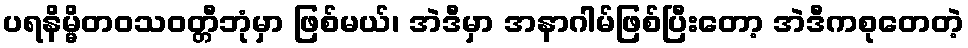
ပရနိမ္မိတဝသဝတ္တီဘုံမှာ ဖြစ်မယ်၊ အဲဒီမှာ အနာဂါမ်ဖြစ်ပြီးတော့ အဲဒီကစုတေတဲ့